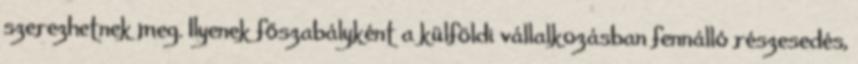
szerezhetnek meg. Ilyenek főszabályként a külföldi vállalkozásban fennálló részesedés,